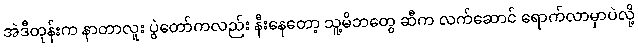
အဲဒီတုန်းက နာတာလူး ပွဲတော်ကလည်း နီးနေတော့ သူ့မိဘတွေ ဆီက လက်ဆောင် ရောက်လာမှာပဲလို့